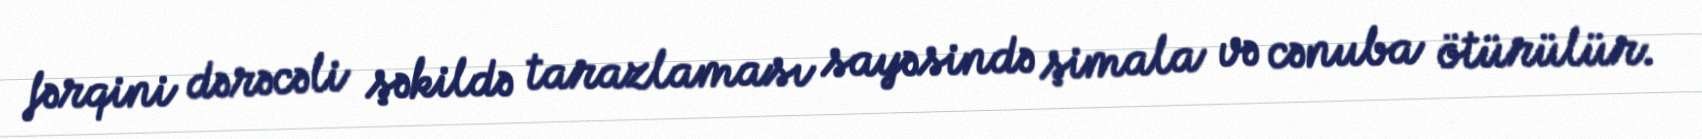
fərqini dərəcəli şəkildə tarazlaması sayəsində şimala və cənuba ötürülür.